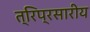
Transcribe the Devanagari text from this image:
त्रिप्रसारीय